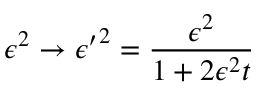
\epsilon ^ { 2 } \rightarrow { \epsilon ^ { \prime } } ^ { 2 } = \frac { \epsilon ^ { 2 } } { 1 + 2 \epsilon ^ { 2 } t }